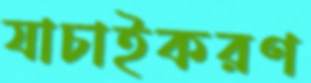
যাচাইকরণ